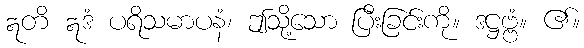
ဣတိ ဣဒံ ပရိသမာပနံ၊ ဤသို့သော ပြီးခြင်းကို။ ဒဋ္ဌဗ္ဗံ။ ၏။